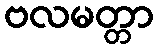
ဗလမတ္တာ